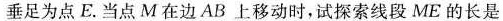
垂足为点E.当点M在边AB上移动时，试探索线段ME的长是